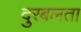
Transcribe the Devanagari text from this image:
दुरबलता